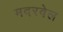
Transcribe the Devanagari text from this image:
मदरवेल